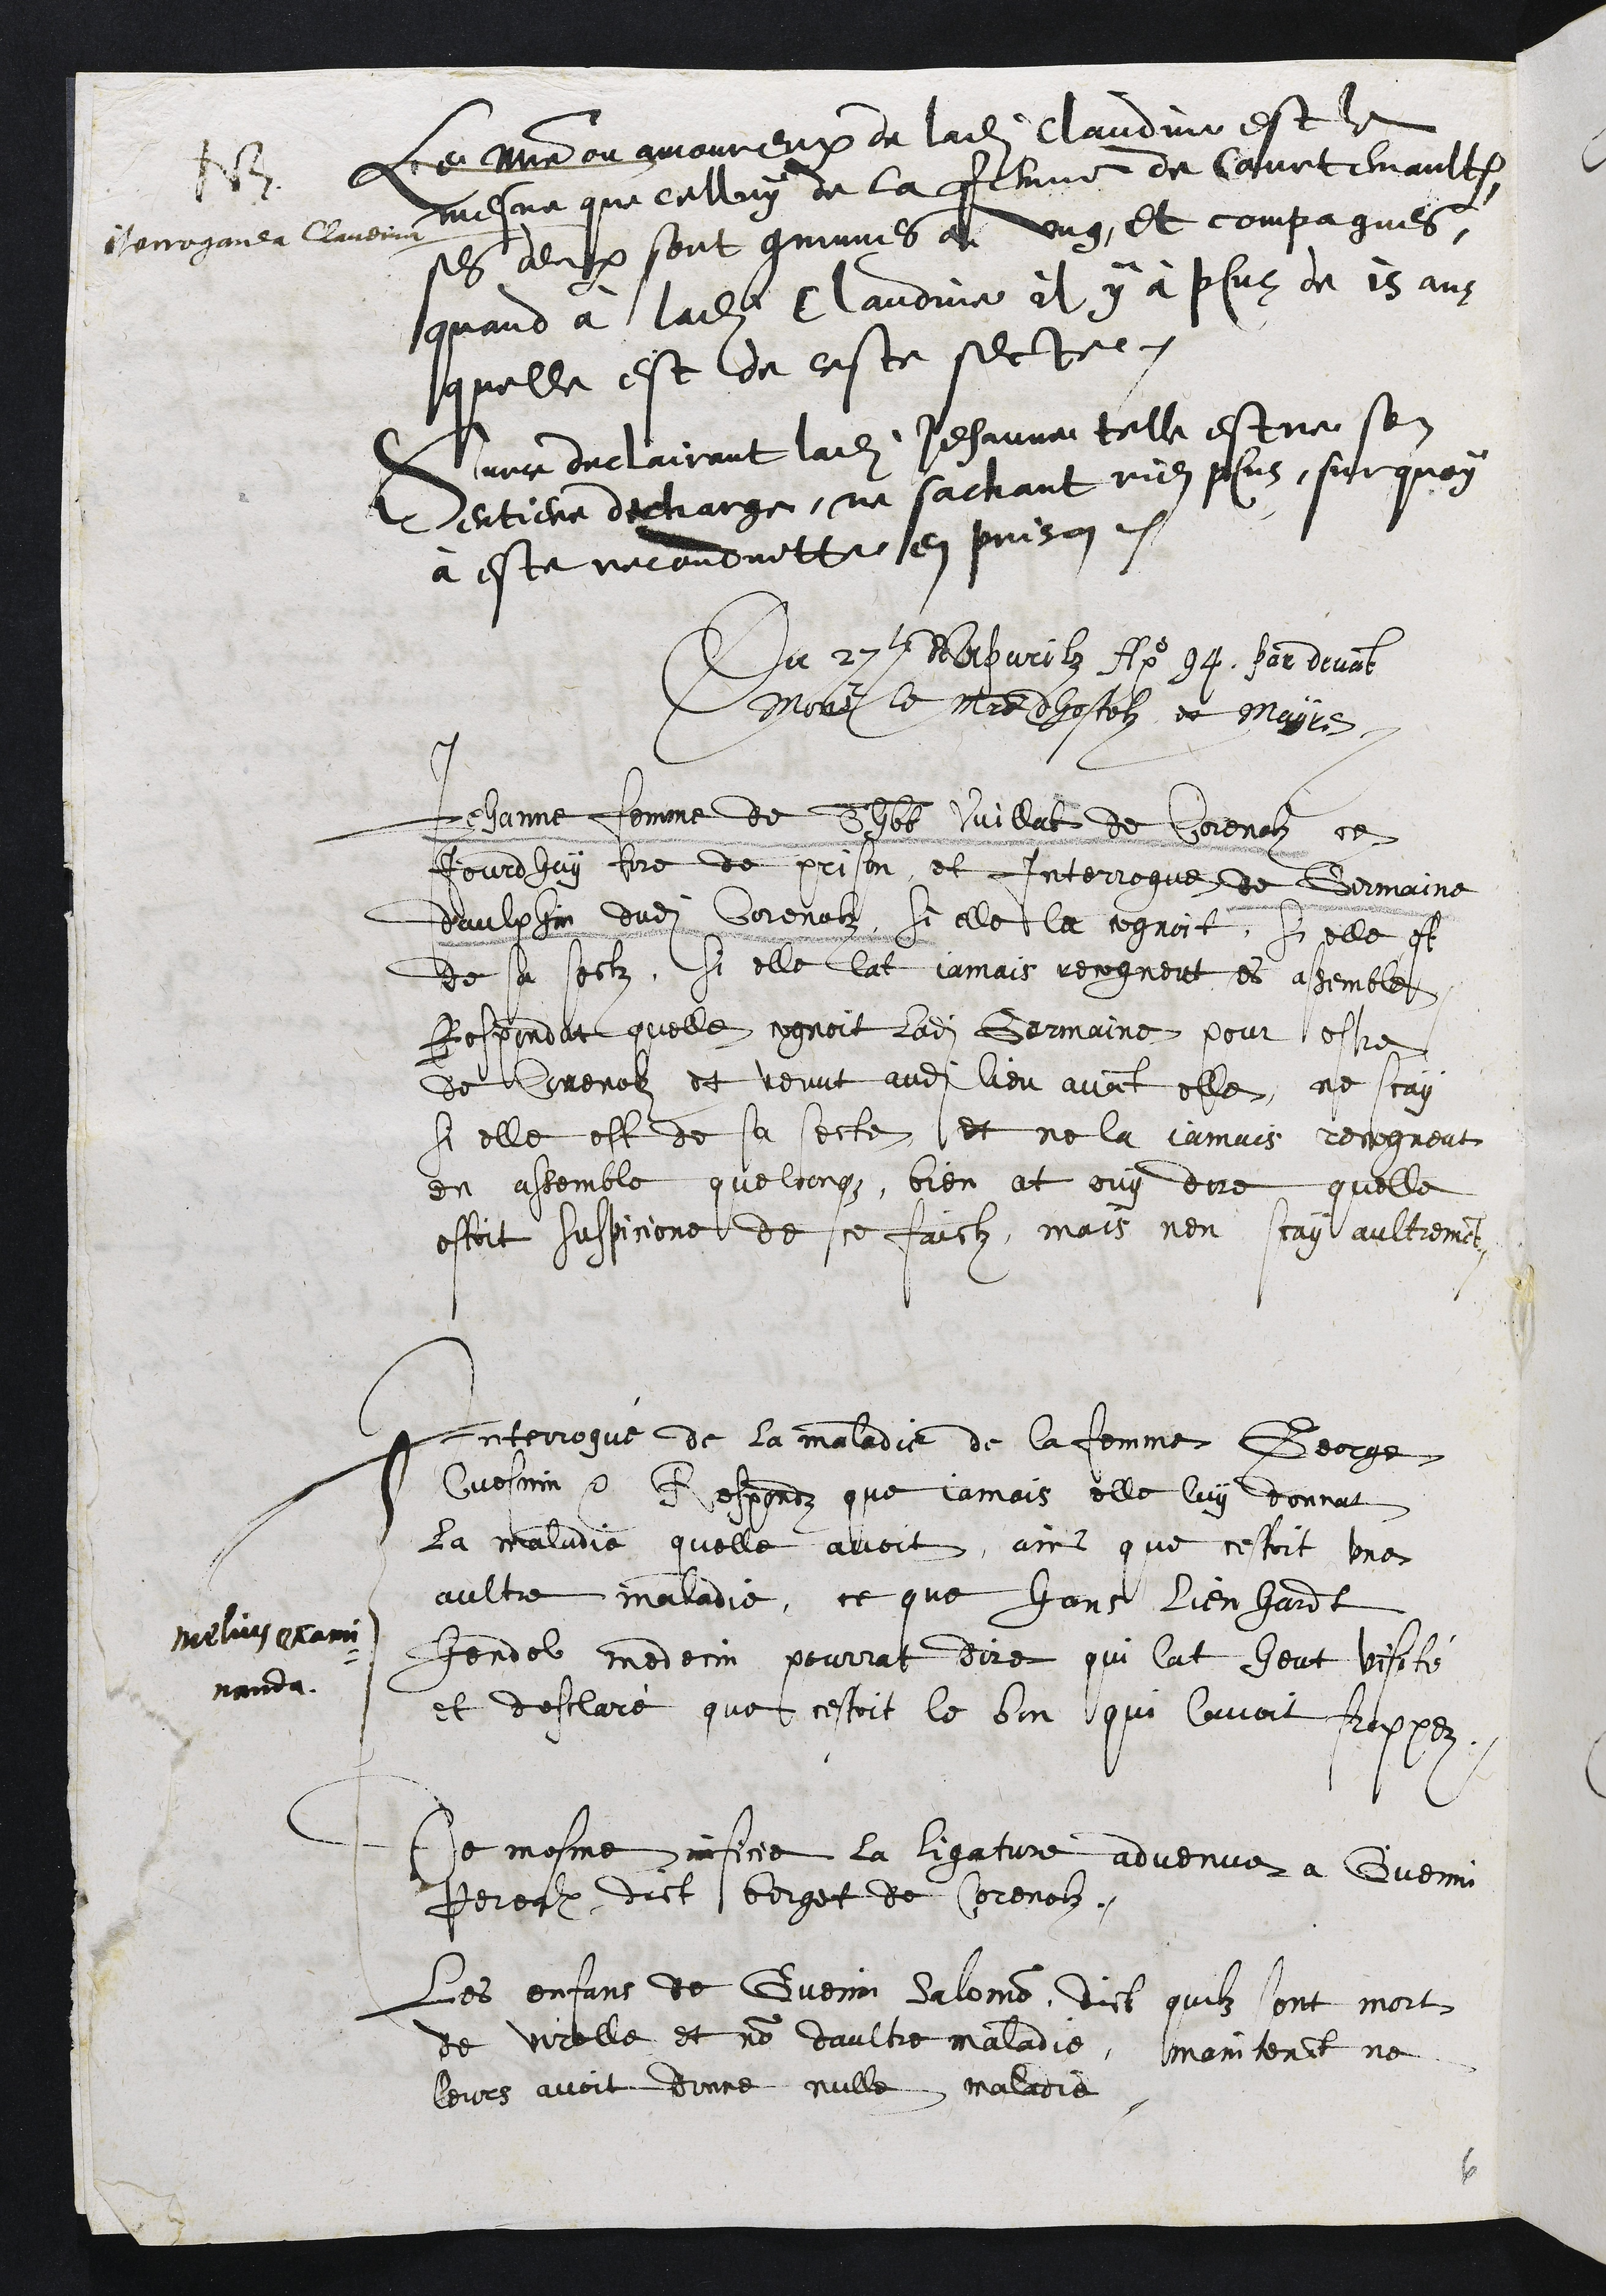
Le maitre ou amoureux de ladite Claudine est le
mesme que celluy de la femme de Courtemaultruy
ses deux sont communes a ung, et compagnes.
quand à ladite Claudine il y à plus de 15 ans
quelle est de ceste secte,
NB
Interroganda Claudina
Surce declairant ladite Jehanne telle estre son
entiere decharge, ne sachant rien plus, surquoy
à este reconduitte en prison.
Du 27e de Apvrilz Ao 94. par devant
Monsr le maitre dhostelz et Mayre.
Jehanne femme de Thbt Vuillat de Corenolz ce
jourdhuy tire de prison, et Interrogue de Germaine
daulphin dudit Corenolz si elle la cognoit, si elle est
de sa sectz, si elle lat jamais recogneut es assembles,
Respondat quelle cognoit ladite Germaine pour estre
de Corenolz et venut audit lieu avant elle, ne scay
si elle est de sa secte, et ne la jamais recogneut
en assemble quelconque, bien at ouy dire quelle
estoit suspicione de ce faictz, mais nen scay aultrement
Interrogué de la maladie de la femme George
Cuenin Respondz que jamais elle luy donnat
La maladie quelle avoit, ains que cestoit une
aultre maladie, ce que hans Lienhard
Hendel medecin pourrat dire qui lat heut visité
et declairé que cestoit le bon qui lavoit frappez
mellius exami¬
nanda
De mesme inficie la ligature advenue a Guenin
Perealx dict borget de Corenolz
Les enfans de Guenin Salomon, dict quilz sont mort
de virolle et non daultre maladie, maintenant ne
leurs avoit donne nulle maladie
6